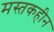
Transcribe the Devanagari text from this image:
मस्तकहीन